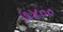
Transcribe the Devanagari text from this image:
७४००